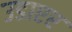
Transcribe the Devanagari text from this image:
उडाएर